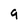
Character: 9